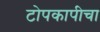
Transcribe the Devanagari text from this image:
टोपकापीचा